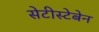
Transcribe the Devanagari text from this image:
सेटीस्‍टेबेन